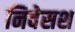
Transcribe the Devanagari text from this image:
निवेसश